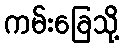
ကမ်းခြေသို့